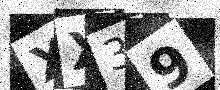
Text: XX39